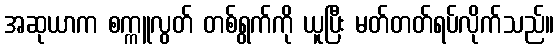
အဆုယာက စက္ကူလွတ် တစ်ရွက်ကို ယူပြီး မတ်တတ်ရပ်လိုက်သည်။